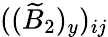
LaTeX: ((\widetilde{B}_{2})_{y})_{ij}